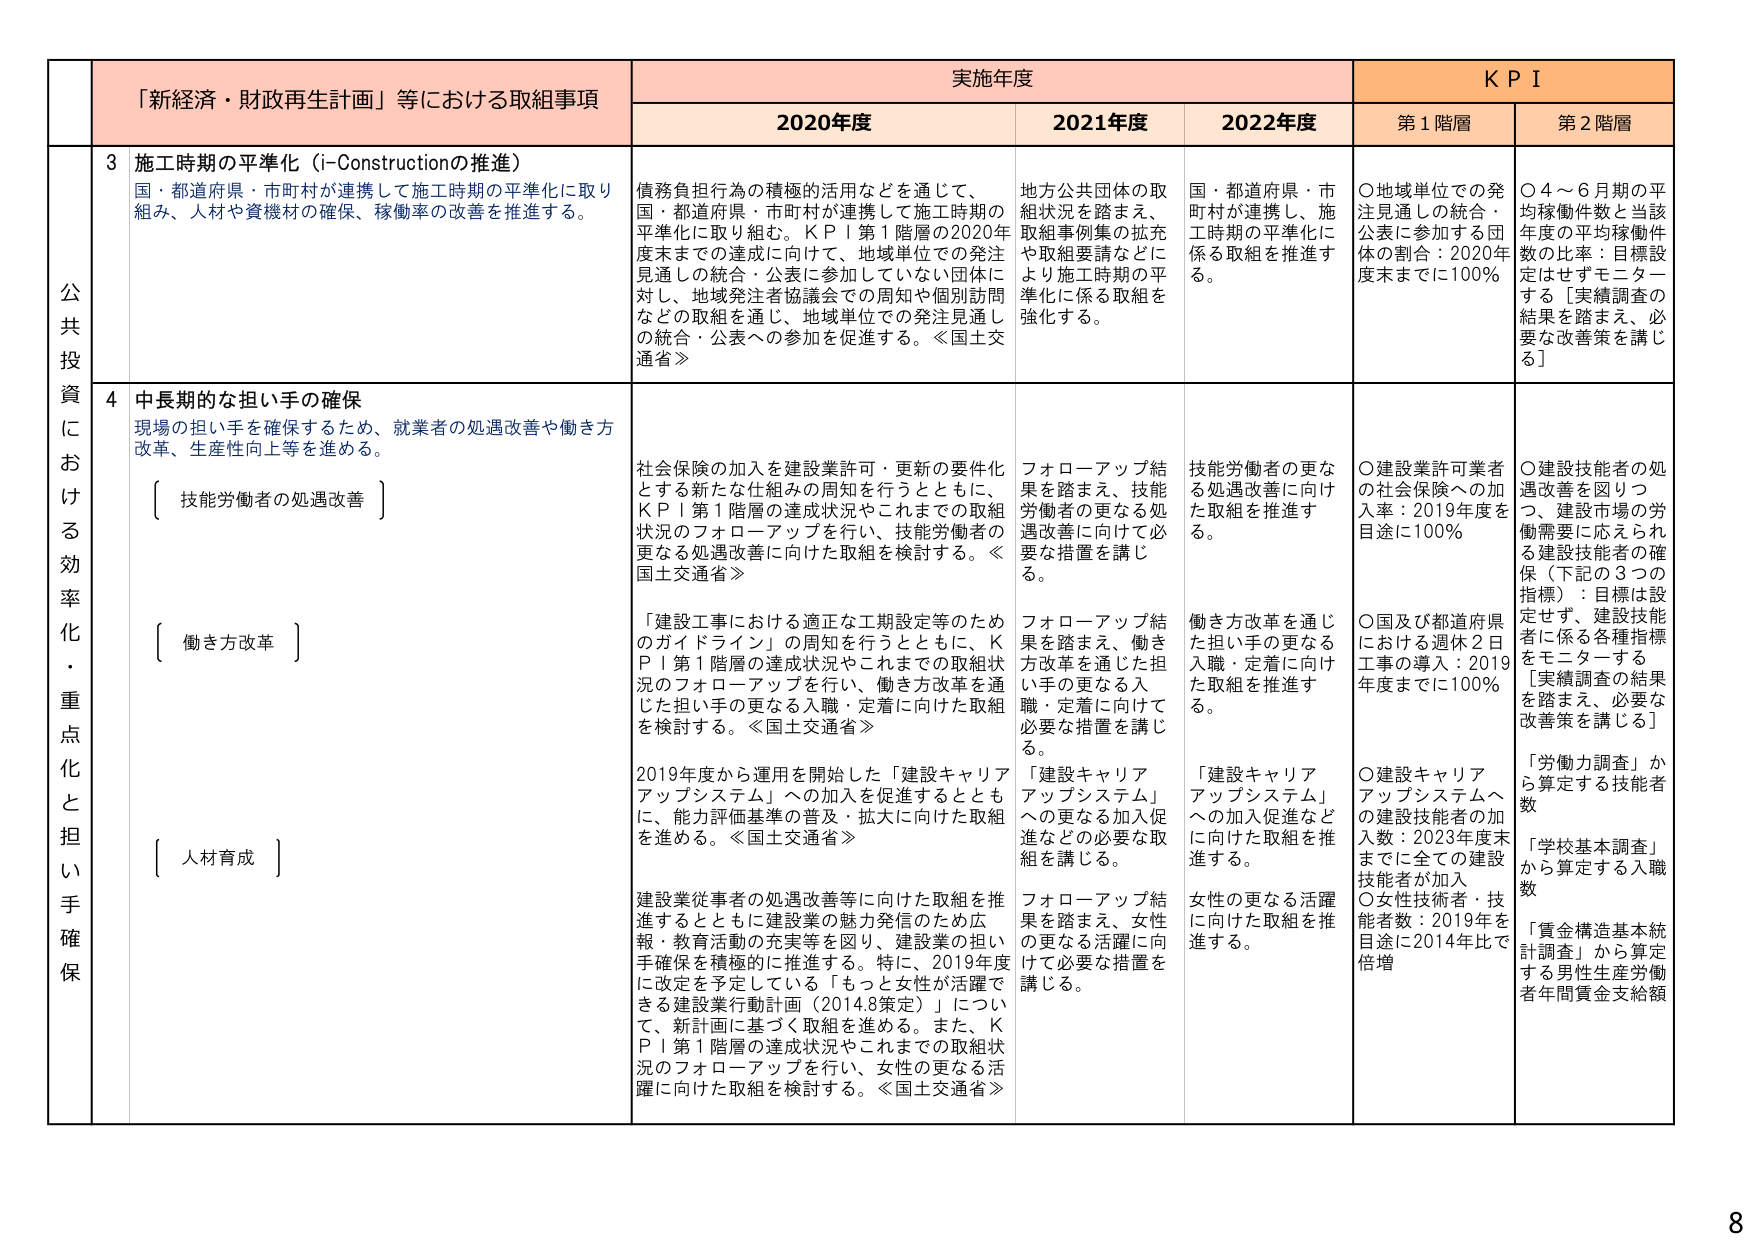
「新経済・財政再生計画」等における取組事項
実施年度
KPI

2020年度
2021年度
2022年度
第1階層
第2階層

公共投資における効率化・重点化と担い手確保

3 施工時期の平準化（i-Constructionの推進）
国・都道府県・市町村が連携して施工時期の平準化に取り組み、人材や資機材の確保、稼働率の改善を推進する。

債務負担行為の積極的活用などを通じて、国・都道府県・市町村が連携して施工時期の平準化に取り組む。KPI第1階層の2020年度末までの達成に向け、地域単位での発注見通しの統合・公表に参加していない団体に対し、地域発注者協議会での周知や個別訪問などの取組を通じ、地域単位での発注見通しの統合・公表への参加を促進する。≪国土交通省≫

地方公共団体の取組状況を踏まえ、取組事例集の拡充や取組要請などにより施工時期の平準化に係る取組を強化する。

国・都道府県・市町村が連携し、施工時期の平準化に係る取組を推進する。

〇地域単位での発注見通しの統合・公表に参加する団体の割合：2020年度末までに100％

〇4～6月期の平均稼働件数と当該年度の平均稼働件数の比率：目標設定はせずモニターする［実績調査の結果を踏まえ、必要な改善策を講じる］

4 中長期的な担い手の確保
現場の担い手を確保するため、就業者の処遇改善や働き方改革、生産性向上等を進める。

〔技能労働者の処遇改善〕

社会保険の加入を建設業許可・更新の要件化とする新たな仕組みの周知を行うとともに、KPI第1階層の達成状況やこれまでの取組状況のフォローアップを行い、技能労働者の更なる処遇改善に向けた取組を検討する。≪国土交通省≫

フォローアップ結果を踏まえ、技能労働者の更なる処遇改善に向けた必要な措置を講じる。

技能労働者の更なる処遇改善に向けた取組を推進する。

〇建設業許可業者の社会保険への加入率：2019年度を用途に100％

〇建設技能者の処遇改善を図りつつ、建設市場の労働需要に応えられる建設技能者の確保（下記の3つの指標）：目標は設定せず、建設技能者に係る各種指標をモニターする［実績調査の結果を踏まえ、必要な改善策を講じる］

〔働き方改革〕

「建設工事における適正な工期設定等のためのガイドライン」の周知を行うとともに、KPI第1階層の達成状況やこれまでの取組状況のフォローアップを行い、働き方改革を通じた担い手の更なる入職・定着に向けた取組を検討する。≪国土交通省≫

フォローアップ結果を踏まえ、働き方改革を通じた担い手の更なる入職・定着に向けた必要な措置を講じる。

働き方改革を通じた担い手の更なる入職・定着に向けた取組を推進する。

〇国及び都道府県における週休2日工事の導入：2019年度までに100％

「労働力調査」から算定する技能者数
「学校基本調査」から算定する入職数
「賃金構造基本統計調査」から算定する男性生産労働者年間賃金支給額

〔人材育成〕

2019年度から運用を開始した「建設キャリアアップシステム」への加入を促進するとともに、能力評価基準の普及・拡大に向けた取組を進める。≪国土交通省≫

「建設キャリアアップシステム」への更なる加入促進などの必要な取組を講じる。

「建設キャリアアップシステム」への加入促進などに向けた取組を推進する。

〇建設キャリアアップシステムへの建設技能者の加入数：2023年度末までに全ての建設技能者が加入

建設業従事者の処遇改善等に向けた取組を推進するとともに建設業の魅力発信のため広報・教育活動の充実等を図り、建設業の担い手確保を積極的に推進する。特に、2019年度に改定を予定している「もっと女性が活躍できる建設業行動計画（2014.8策定）」について、新計画に基づく取組を進める。また、KPI第1階層の達成状況やこれまでの取組状況のフォローアップを行い、女性の更なる活躍に向けた取組を検討する。≪国土交通省≫

フォローアップ結果を踏まえ、女性の更なる活躍に向けた必要な措置を講じる。

女性の更なる活躍に向けた取組を推進する。

〇女性技術者・技能者数：2019年を用途に2014年比で倍増

8